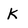
Character: K